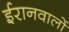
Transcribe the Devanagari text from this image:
ईरानवालों